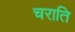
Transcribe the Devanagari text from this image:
चराति